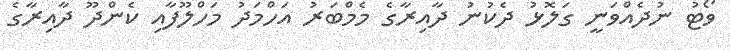
ވޯޓު ނުދެއްވަނީ ގަލޮޅު ދެކުނު ދާއިރާގެ މެމްބަރު އަހްމަދު މަހްލޫފާއި ކެންދޫ ދާއިރާގެ